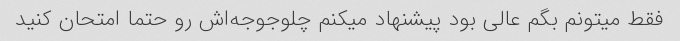
فقط میتونم بگم عالی بود پیشنهاد میکنم چلوجوجه‌اش رو حتما امتحان کنید